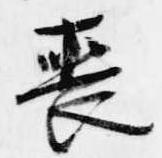
喪